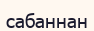
сабаннан